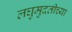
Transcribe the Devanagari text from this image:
लघुमुदतीच्‍या